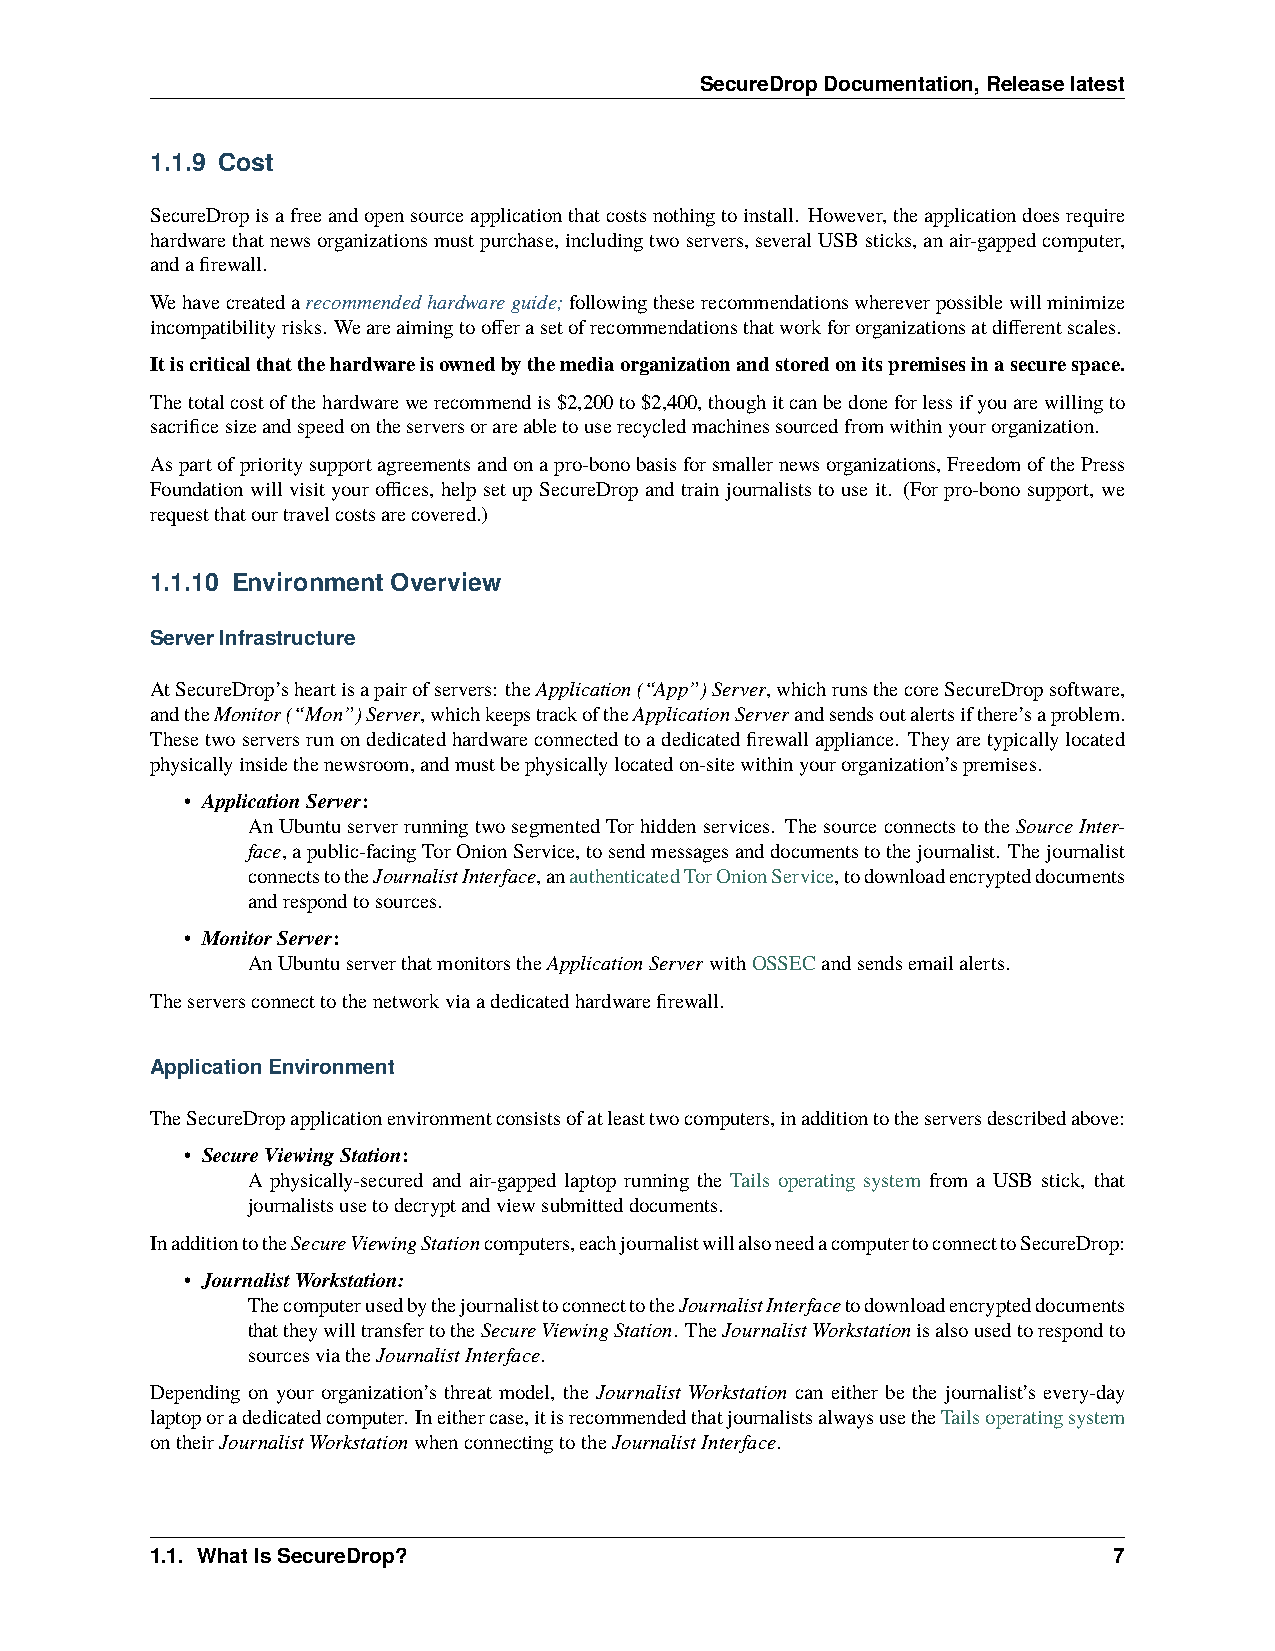
SecureDropDocumentation,Releaselatest
 1.1.9 Cost
 SecureDropisafreeandopensourceapplicationthatcostsnothingtoinstall. However,theapplicationdoesrequire
 hardwarethatnewsorganizationsmustpurchase,includingtwoservers,severalUSBsticks,anair-gappedcomputer,
 andafirewall.
 Wehavecreatedarecommendedhardwareguide;followingtheserecommendationswhereverpossiblewillminimize
 incompatibilityrisks. Weareaimingtoofferasetofrecommendationsthatworkfororganizationsatdifferentscales.
 Itiscriticalthatthehardwareisownedbythemediaorganizationandstoredonitspremisesinasecurespace.
 Thetotalcostofthehardwarewerecommendis$2,200to$2,400,thoughitcanbedoneforlessifyouarewillingto
 sacrificesizeandspeedontheserversorareabletouserecycledmachinessourcedfromwithinyourorganization.
 Aspartofprioritysupportagreementsandonapro-bonobasisforsmallernewsorganizations,FreedomofthePress
 Foundation will visit your offices, help set up SecureDrop and train journalists to use it. (For pro-bono support, we
 requestthatourtravelcostsarecovered.)
 1.1.10 Environment Overview
 ServerInfrastructure
 AtSecureDrop’sheartisapairofservers: theApplication(“App”)Server,whichrunsthecoreSecureDropsoftware,
 andtheMonitor(“Mon”)Server,whichkeepstrackoftheApplicationServerandsendsoutalertsifthere’saproblem.
 Thesetwoserversrunondedicatedhardwareconnectedtoadedicatedfirewallappliance. Theyaretypicallylocated
 physicallyinsidethenewsroom,andmustbephysicallylocatedon-sitewithinyourorganization’spremises.
 • ApplicationServer:
 AnUbuntuserverrunningtwosegmentedTorhiddenservices. ThesourceconnectstotheSourceInter-
 face,apublic-facingTorOnionService,tosendmessagesanddocumentstothejournalist. Thejournalist
 connectstotheJournalistInterface,anauthenticatedTorOnionService,todownloadencrypteddocuments
 andrespondtosources.
 • MonitorServer:
 AnUbuntuserverthatmonitorstheApplicationServerwithOSSECandsendsemailalerts.
 Theserversconnecttothenetworkviaadedicatedhardwarefirewall.
 ApplicationEnvironment
 TheSecureDropapplicationenvironmentconsistsofatleasttwocomputers,inadditiontotheserversdescribedabove:
 • SecureViewingStation:
 A physically-secured and air-gapped laptop running the Tails operating system from a USB stick, that
 journalistsusetodecryptandviewsubmitteddocuments.
 InadditiontotheSecureViewingStationcomputers,eachjournalistwillalsoneedacomputertoconnecttoSecureDrop:
 • JournalistWorkstation:
 ThecomputerusedbythejournalisttoconnecttotheJournalistInterfacetodownloadencrypteddocuments
 thattheywilltransfertotheSecureViewingStation. TheJournalistWorkstationisalsousedtorespondto
 sourcesviatheJournalistInterface.
 Depending on your organization’s threat model, the Journalist Workstation can either be the journalist’s every-day
 laptoporadedicatedcomputer. Ineithercase,itisrecommendedthatjournalistsalwaysusetheTailsoperatingsystem
 ontheirJournalistWorkstationwhenconnectingtotheJournalistInterface.
 1.1. WhatIsSecureDrop?                                          7